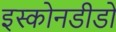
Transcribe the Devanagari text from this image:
इस्कोनडीडो